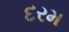
દરમ